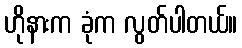
ဟိုနားက ခုံက လွတ်ပါတယ်။